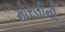
મોરલીની